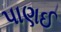
પાણઈ